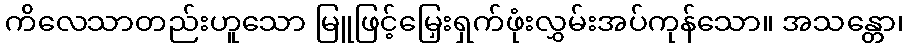
ကိလေသာတည်းဟူသော မြူဖြင့်မြှေးရှက်ဖုံးလွှမ်းအပ်ကုန်သော။ အသန္တော၊